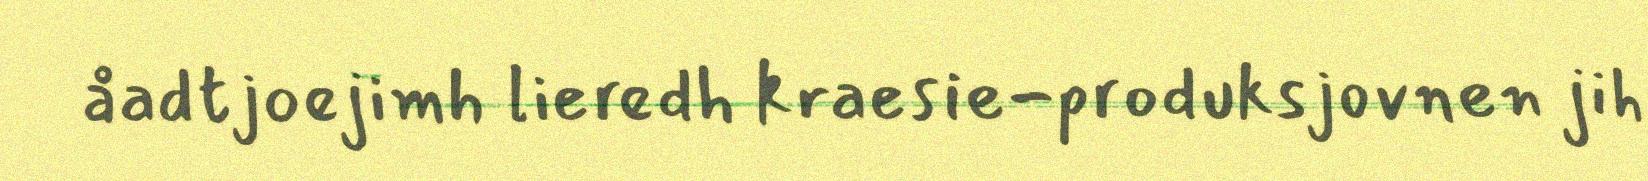
åadtjoejimh lieredh kraesie-produksjovnen jih